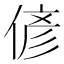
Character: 偐